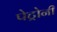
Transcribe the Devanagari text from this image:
पेट्रोनी